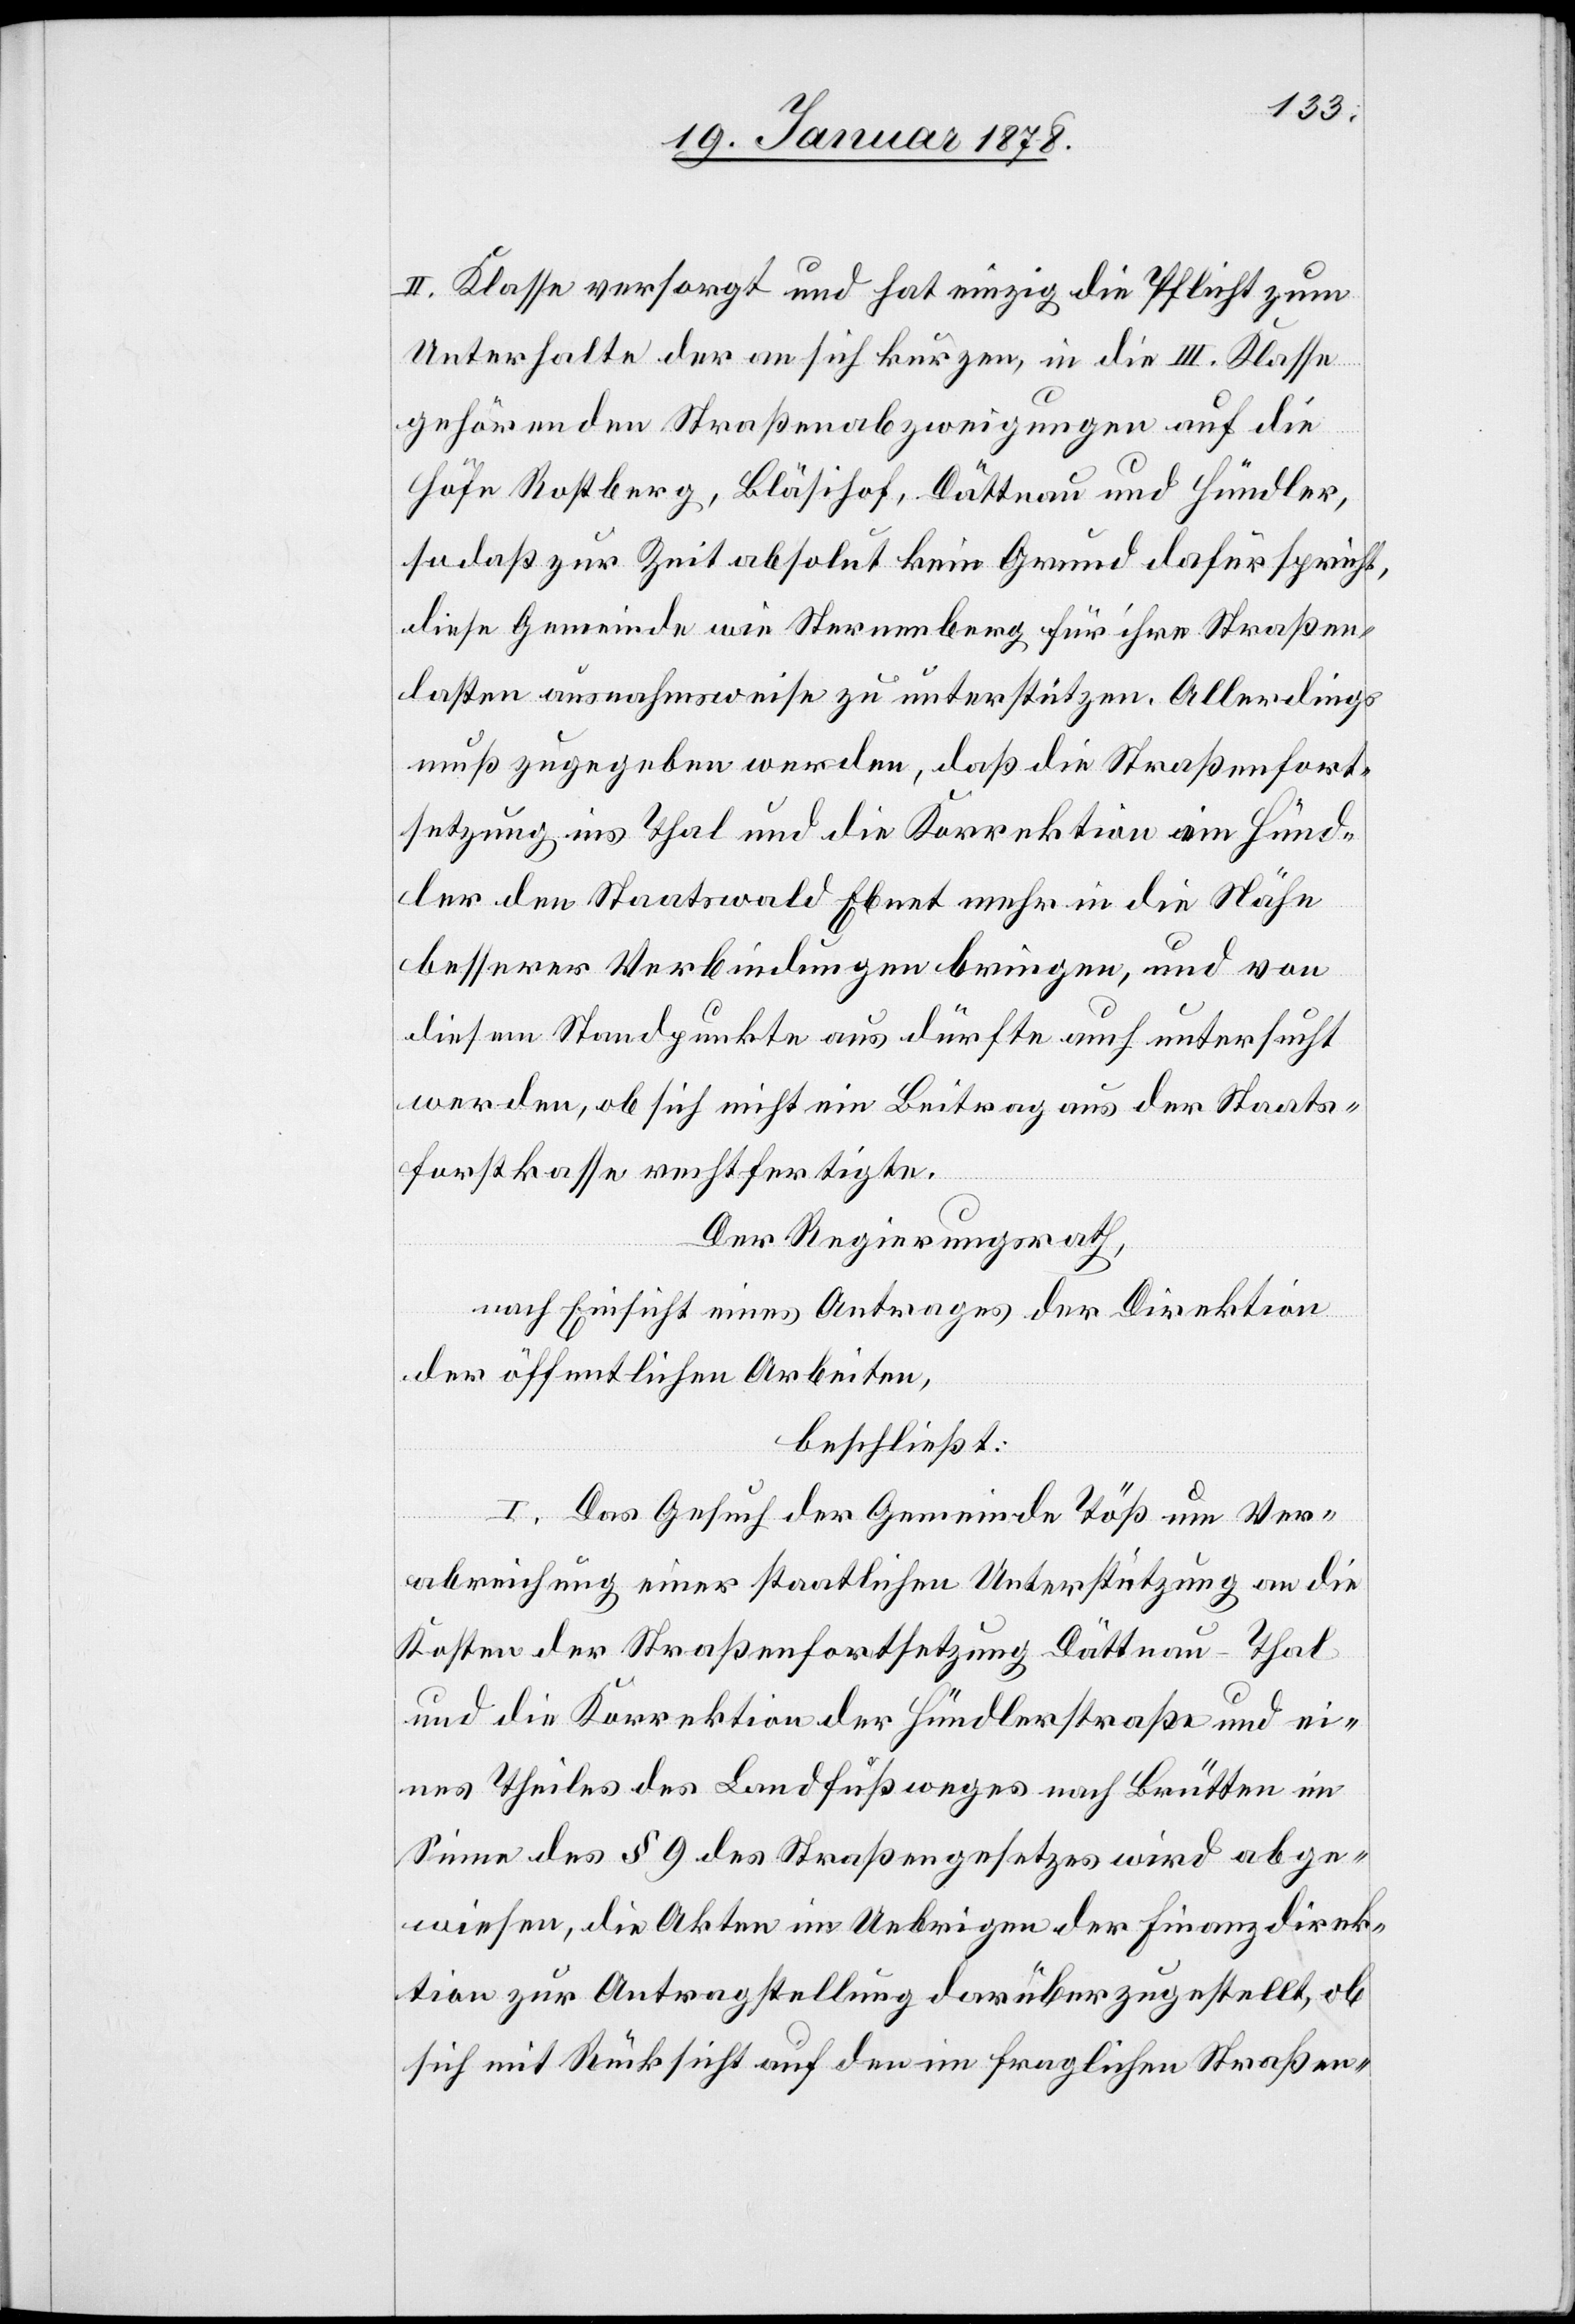
II. Klasse versorgt und hat einzig die Pflicht zum
Unterhalte der an sich kurzen, in die III. Klasse
gehörenden Straßenabzweigungen auf die
Höhe Rostberg, Bläsihof, Dättnau und Hündler,
so daß zur Zeit absolut kein Grund dafür spricht,
diese Gemeinde wie Sternenberg für ihre Straßen¬
lasten ausnahmsweise zu unterstützen. Allerdings
muß zugegeben werden, daß die Straßenfort¬
setzung ins Thal und die Korrektion im Hünd¬
ler den Staatswald Ebnet mehr in die Nähe
besserer Verbindungen bringen, und von
diesem Standpunkte aus dürfte auch untersucht
werden, ob sich nicht ein Beitrag aus der Staats¬
forstkasse rechtfertigte.
Der Regierungsrath,
nach Einsicht eines Antrages der Direktion
der öffentlichen Arbeiten,
beschließt:
I. Das Gesuch der Gemeinde Töß um Ver¬
abreichung einer staatlichen Unterstützung an die
Kosten der Straßenfortsetzung Dättnau–Thal
und die Korrektion der Hündlerstraße und ei¬
nes Theiles des Landfußweges nach Brütten im
Sinne des § 9 des Straßengesetzes wird abge¬
wiesen, die Akten im Uebrigen der Finanzdirek¬
tion zur Antragstellung darüber zugestellt, ob
sich mit Rücksicht auf den im fraglichen Straßen-